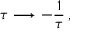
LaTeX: \tau \longrightarrow - \frac { 1 } { \tau } \, ,